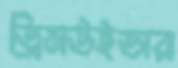
ড্রিমউইভার